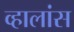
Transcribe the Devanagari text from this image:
व्हालांस